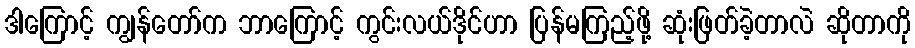
ဒါကြောင့် ကျွန်တော်က ဘာကြောင့် ကွင်းလယ်ဒိုင်ဟာ ပြန်မကြည့်ဖို့ ဆုံးဖြတ်ခဲ့တာလဲ ဆိုတာကို